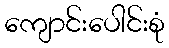
ကျောင်းပေါင်းစုံ